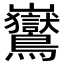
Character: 𪈡